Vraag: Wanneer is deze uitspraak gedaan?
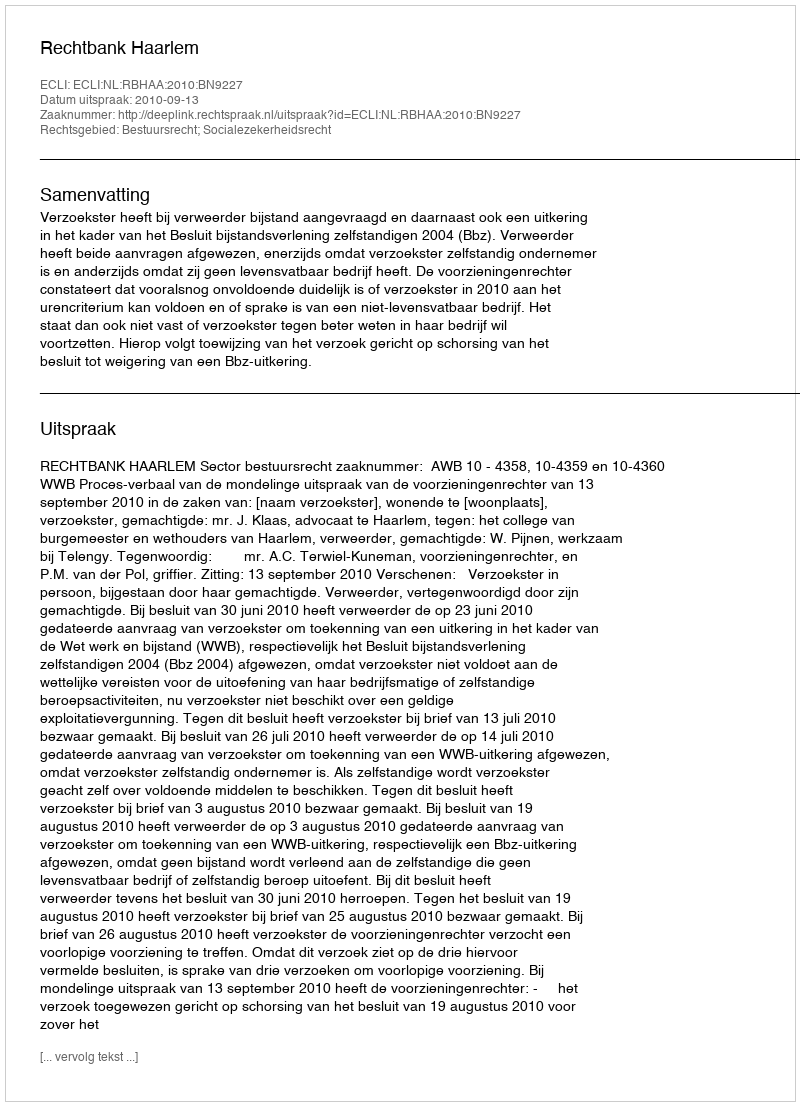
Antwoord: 2010-09-13